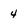
Character: 4